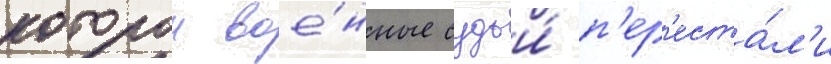
которои вое́нные судьи́ п'ер'еста́л'и